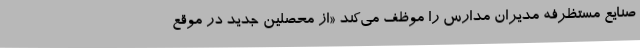
صنایع مستظرفه مدیران مدارس را موظف می‌کند «از محصلین جدید در موقع